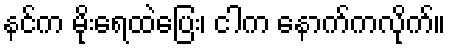
နင်က မိုးရေထဲပြေး၊ ငါက နောက်ကလိုက်။